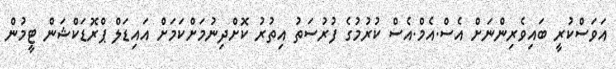
އަވަސްކުރީ ބައިވެރިންނަށް އެސް.އެމް.އެސް ކުރުމުގެ ފުރުސަތު އިތުރު ކޮށްދިނުމަށްކަމަށް އައިޑަލް ޕްރޮޑަކްޝަން ޓީމުން